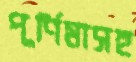
পূর্ণিমাসহ